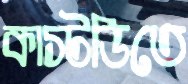
কাস্টডিতে